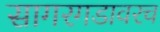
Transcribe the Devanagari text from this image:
सागरगडावरच